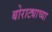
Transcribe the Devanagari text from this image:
बोराट्याच्या